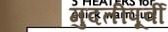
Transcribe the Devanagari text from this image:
मुदतीपूर्वी